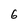
Character: 6